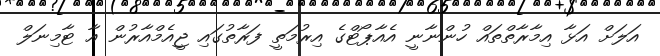
އަލަށް އަޅާ އިމާރާތްތައް ހުންނާނީ އެއާޕޯޓްގެ އިރުމަތީ ފަރާތުގައި ޖީއެމްއާރުން އާ ޓާމިނަލް